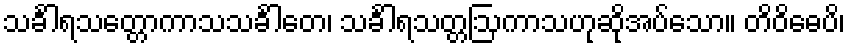
သင်္ခါရသတ္တောကာသသင်္ခါတေ၊ သင်္ခါရသတ္တဩကာသဟုဆိုအပ်သော။ တိဝိဓေပိ၊